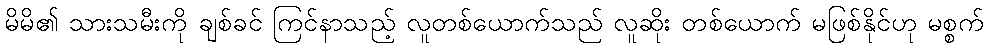
မိမိ၏ သားသမီးကို ချစ်ခင် ကြင်နာသည့် လူတစ်ယောက်သည် လူဆိုး တစ်ယောက် မဖြစ်နိုင်ဟု မစ္စက်